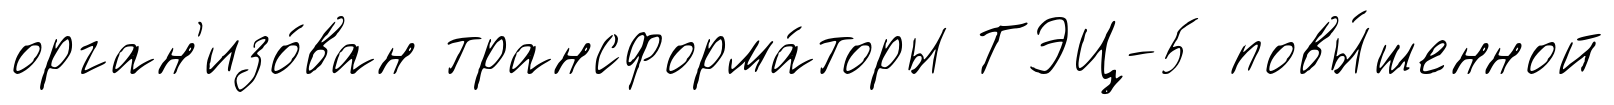
орган'изо́ван трансформа́торы ТЭЦ-5 повы́шенной